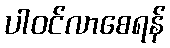
ပါဝင်လာစေရန်